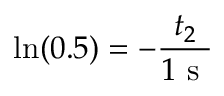
\ln ( 0 . 5 ) = - \frac { t _ { 2 } } { 1 \mathrm { ~ s ~ } }